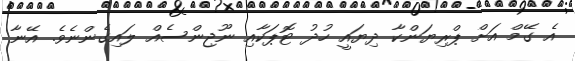
އެ ގޭމް އަށް ޕްރިޔަންކާ ދިޔައީ ހުދު ޓޮޕަކާއި ނޫޖިންސެއް ލައިގެންނެވެ. އޭނާ